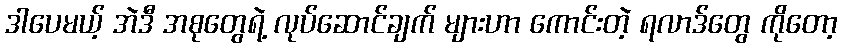
ဒါပေမယ့် အဲဒီ အစုတွေရဲ့ လုပ်ဆောင်ချက် များဟာ ကောင်းတဲ့ ရလာဒ်တွေ ကိုတော့